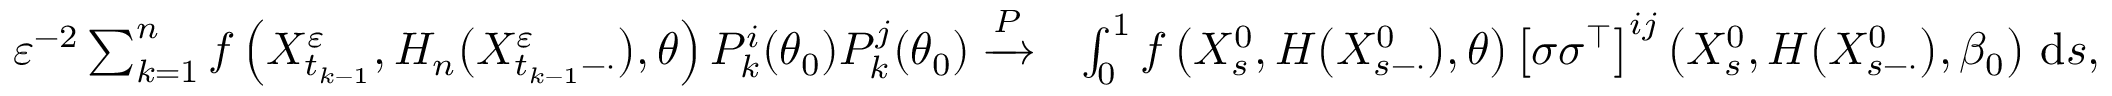
\begin{array} { r l } { \varepsilon ^ { - 2 } \sum _ { k = 1 } ^ { n } f \left( X _ { t _ { k - 1 } } ^ { \varepsilon } , H _ { n } \big ( X _ { t _ { k - 1 } - \cdot } ^ { \varepsilon } \big ) , \theta \right) P _ { k } ^ { i } ( \theta _ { 0 } ) P _ { k } ^ { j } ( \theta _ { 0 } ) \xrightarrow { P } } & { \int _ { 0 } ^ { 1 } f \left( X _ { s } ^ { 0 } , H \big ( X _ { s - \cdot } ^ { 0 } \big ) , \theta \right) \left[ \sigma \sigma ^ { \top } \right] ^ { i j } \left( X _ { s } ^ { 0 } , H \big ( X _ { s - \cdot } ^ { 0 } \big ) , \beta _ { 0 } \right) \, \mathrm { d } s , } \end{array}